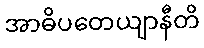
အာဓိပတေယျာနီတိ